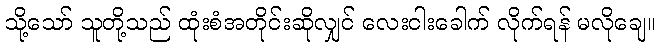
သို့သော် သူတို့သည် ထုံးစံအတိုင်းဆိုလျှင် လေးငါးခေါက် လိုက်ရန် မလိုချေ။